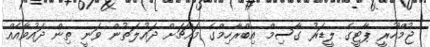
ޖުމްހޫރީ ޕާޓީގެ ލީޑަރު ގާސިމް އިބްރާހިމްގެ މައްޗަށް ދައުލަތުން ވަނީ ތިން ދައުވާއެއް